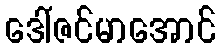
ဒေါ်ဇင်မာအောင်